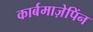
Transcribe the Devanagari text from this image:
कार्बमाज़ेपिंन